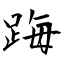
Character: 踇